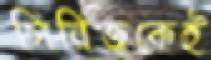
সিরিজুকেই